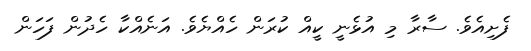
ފެށިއެވެ. ސާރާ މި އުޅެނީ ކީއް ކުރަން ހެއްޔެވެ. އަނެއްކާ ހެދުން ފަހަން